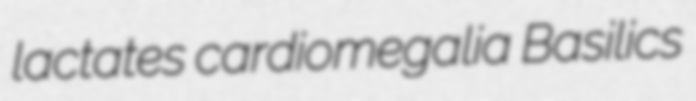
lactates cardiomegalia Basilics